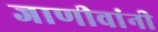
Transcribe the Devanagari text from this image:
जाणीवांनी